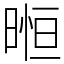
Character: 暅